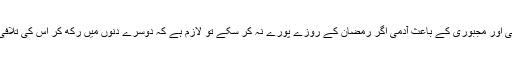
بیماری یا سفر کی وجہ سے یا کسی اور مجبوری کے باعث آدمی اگر رمضان کے روزے پورے نہ کر سکے تو لازم ہے کہ دوسرے دنوں میں رکھ کر اُس کی تلافی کرے اور یہ تعداد پوری کر دے۔